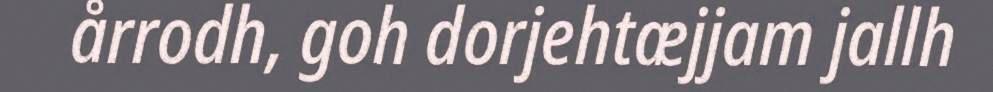
årrodh, goh dorjehtæjjam jallh